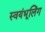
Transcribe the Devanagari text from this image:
स्वयंभूलिंग